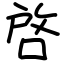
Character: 啓